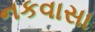
નકવાસા